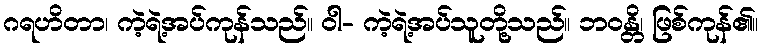
ဂရဟိတာ၊ ကဲ့ရဲ့အပ်ကုန်သည်။ ဝါ- ကဲ့ရဲ့အပ်သူတို့သည်။ ဘဝန္တိ၊ ဖြစ်ကုန်၏။